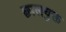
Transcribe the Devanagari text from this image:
छालयुक्त